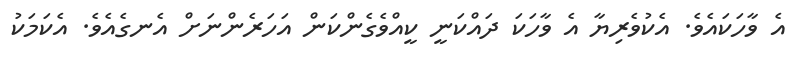
އެ ވާހަކައެވެ. އެކުވެރިޔާ އެ ވާހަކަ ދައްކަނީ ކީއްވެގެންކަން އަހަރެންނަށް އެނގެއެވެ. އެކަމަކު